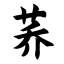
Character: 荞